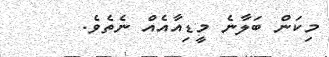
މިކަން ބަލާނެ މީޑިއާއެއް ނެތެވެ.